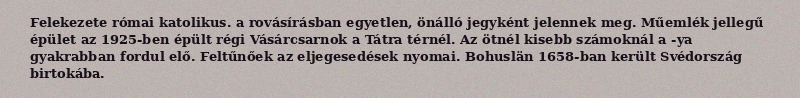
Felekezete római katolikus. a rovásírásban egyetlen, önálló jegyként jelennek meg. Műemlék jellegű épület az 1925-ben épült régi Vásárcsarnok a Tátra térnél. Az ötnél kisebb számoknál a -ya gyakrabban fordul elő. Feltűnőek az eljegesedések nyomai. Bohuslän 1658-ban került Svédország birtokába.